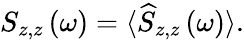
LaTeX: S_{z,z}\left(\omega\right)=\langle\widehat{S}_{z,z}\left(\omega\right)\rangle.